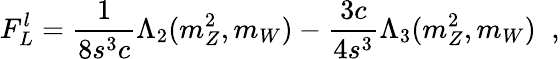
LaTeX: F_{L}^{l}=\frac{1}{8s^{3}c}\Lambda_{2}(m_{Z}^{2},m_{W})-\frac{3c}{4s^{3}}\Lambda_{3}(m_{Z}^{2},m_{W})\; \; ,